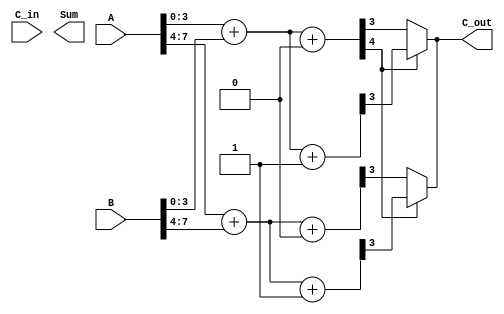
module CarrySelectAdder #(parameter N = 8) (
    input  [N-1:0] A,      // First operand
    input  [N-1:0] B,      // Second operand
    input  C_in,           // Carry input
    output [N-1:0] Sum,    // Sum output
    output C_out           // Carry output
);

    // Number of segments (assuming 4-bit segments)
    localparam SEGMENT_SIZE = 4;
    localparam NUM_SEGMENTS = N / SEGMENT_SIZE;

    // Intermediate signals
    wire [SEGMENT_SIZE-1:0] sum0 [0:NUM_SEGMENTS-1]; // Sum when C_in = 0
    wire [SEGMENT_SIZE-1:0] sum1 [0:NUM_SEGMENTS-1]; // Sum when C_in = 1
    wire C_out_temp [0:NUM_SEGMENTS-1];               // Carry out for each segment
    wire C_out_final;                                  // Final carry out

    // Generate sums and carries for each segment
    genvar i;
    generate
        for (i = 0; i < NUM_SEGMENTS; i = i + 1) begin : CSA_SEGMENT
            wire [SEGMENT_SIZE-1:0] A_segment = A[(i+1)*SEGMENT_SIZE-1:i*SEGMENT_SIZE];
            wire [SEGMENT_SIZE-1:0] B_segment = B[(i+1)*SEGMENT_SIZE-1:i*SEGMENT_SIZE];

            // Compute sums for C_in = 0
            assign {C_out_temp[i], sum0[i]} = A_segment + B_segment + 1'b0;

            // Compute sums for C_in = 1
            assign {C_out_temp[i], sum1[i]} = A_segment + B_segment + 1'b1;

        end
    endgenerate

    // MUX to select the correct sum and carry based on previous carry
    wire [SEGMENT_SIZE-1:0] selected_sum [0:NUM_SEGMENTS-1];

    assign selected_sum[0] = (C_in) ? sum1[0] : sum0[0];
    assign C_out_final = C_out_temp[0] ? sum1[0][SEGMENT_SIZE-1] : sum0[0][SEGMENT_SIZE-1];

    generate
        for (i = 1; i < NUM_SEGMENTS; i = i + 1) begin : MUX_SELECTION
            assign selected_sum[i] = (C_out_temp[i-1]) ? sum1[i] : sum0[i];
            assign C_out_final = C_out_temp[i-1] ? sum1[i][SEGMENT_SIZE-1] : sum0[i][SEGMENT_SIZE-1];
        end
    endgenerate

    // Concatenate the selected sums to form the final sum output
    assign Sum = {selected_sum[NUM_SEGMENTS-1], selected_sum[NUM_SEGMENTS-2], selected_sum[NUM_SEGMENTS-3], selected_sum[NUM_SEGMENTS-4]};

    // Final carry output
    assign C_out = C_out_final;

endmodule